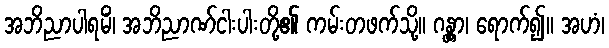
အဘိညာပါရမိံ၊ အဘိညာဏ်ငါးပါးတို့၏ ကမ်းတဖက်သို့။ ဂန္တွာ၊ ရောက်၍။ အဟံ၊